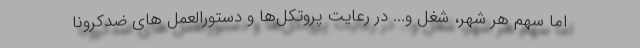
اما سهم هر شهر، شغل و... در رعایت پروتکل‌ها و دستورالعمل های ضدکرونا